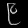
Digit: ၉